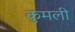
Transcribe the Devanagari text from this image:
कुमली